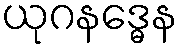
ယုဂနဒ္ဓေန